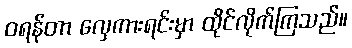
ဝရန်တာ လှေကားရင်းမှာ ထိုင်လိုက်ကြသည်။